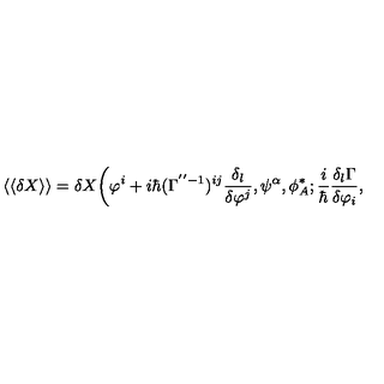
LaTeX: \langle \langle \delta X \rangle \rangle = \delta X \bigg ( \varphi ^ { i } + i \hbar ( \Gamma ^ { ' ^ { \prime } - 1 } ) ^ { i j } \frac { \delta _ { l } } { \delta \varphi ^ { j } } , \psi ^ { \alpha } , \phi _ { A } ^ { * } ; \frac { i } { \hbar } \frac { \delta _ { l } \Gamma } { \delta \varphi _ { i } } ,